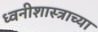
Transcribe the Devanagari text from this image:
ध्वनीशास्त्राच्या